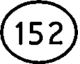
(52)